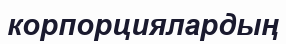
корпорциялардың